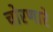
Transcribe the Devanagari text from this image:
चोरणारे